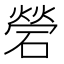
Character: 䃕